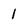
Character: 1